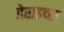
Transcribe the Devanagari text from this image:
डेराइव्स